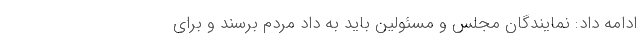
ادامه داد: نمایندگان مجلس و مسئولین باید به داد مردم برسند و برای